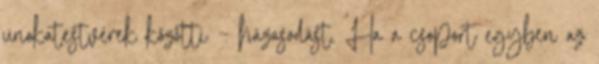
unokatestvérek közötti – házasodást. Ha a csoport egyben az